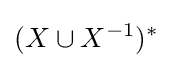
({X\cup X^{-1}})^{*}